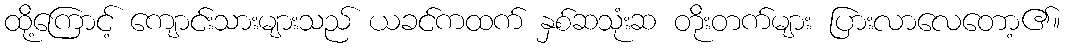
ထို့ကြောင့် ကျောင်းသားများသည် ယခင်ကထက် နှစ်ဆသုံးဆ တိုးတက်များ ပြားလာလေတော့၏။